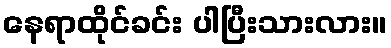
နေရာထိုင်ခင်း ပါပြီးသားလား။